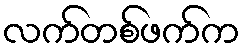
လက်တစ်ဖက်က